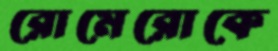
রোমেরোকে